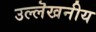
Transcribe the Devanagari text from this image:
उल्लॆखनीय